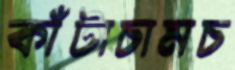
কাঁটাচামচ